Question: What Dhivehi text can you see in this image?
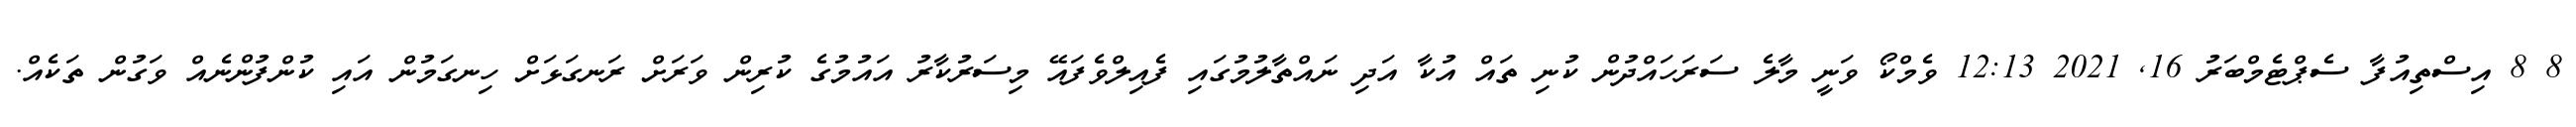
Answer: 8 8 އިސްތިއުފާ ސެޕްޓެމްބަރު 16, 2021 12:13 ވެމްކޯ ވަނީ މާލެ ސަރަހައްދުން ކުނި ތައް އުކާ އަދި ނައްތާލުމުގައި ފެއިލްވެފައޭ މިސަރުކާރު އައުމުގެ ކުރިން ވަރަށް ރަނގަޅަށް ހިނގަމުން އައި ކުންފުންނެއް ވަގުން ތަކެއް.